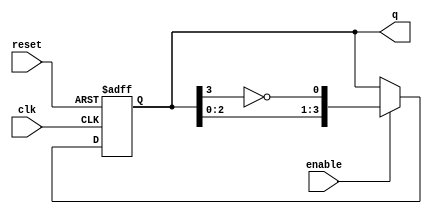
module ring_johnson_counter #(parameter n = 4) (
    input wire clk,       // Clock input
    input wire reset,     // Asynchronous reset
    input wire enable,    // Enable input
    output reg [n-1:0] q // Output state of the counter
);

    // Internal signal for feedback
    wire feedback;

    // Feedback is the inverted output of the last flip-flop
    assign feedback = ~q[n-1];

    always @(posedge clk or posedge reset) begin
        if (reset) begin
            // Asynchronous reset: set all flip-flops to 0
            q <= {n{1'b0}};
        end else if (enable) begin
            // Shift the current state and feed back the inverted last bit
            q <= {q[n-2:0], feedback};
        end
    end

endmodule